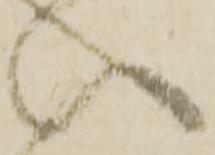
い